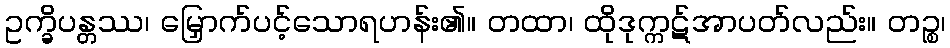
ဥက္ခိပန္တဿ၊ မြှောက်ပင့်သောရဟန်း၏။ တထာ၊ ထိုဒုက္ကဋ်အာပတ်လည်း။ တဉ္စ၊